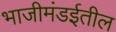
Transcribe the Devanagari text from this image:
भाजीमंडईतील